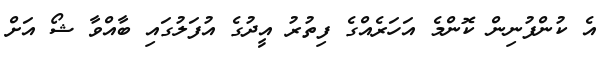
އެ ކުންފުނިން ކޮންމެ އަހަރެއްގެ ފިތުރު އީދުގެ އުފަލުގައި ބާއްވާ ޝޯ އަށް